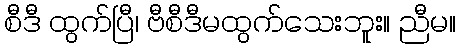
စီဒီ ထွက်ပြီ၊ ဗီစီဒီမထွက်သေးဘူး။ ညီမ။